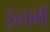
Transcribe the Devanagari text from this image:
इलमें